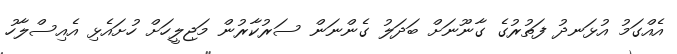
އެއްގަމު އުޅަނދު ފަތުރުގެ ގާނޫނަށް ބަދަލު ގެންނަން ސަރުކާރުން މަޖިލީހަށް ހުށައެޅި އެއިސްލާހު